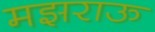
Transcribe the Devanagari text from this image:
मझराऊ